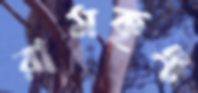
রামকৃঞ্চ